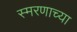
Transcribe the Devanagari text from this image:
स्मरणाच्या